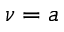
\nu = a